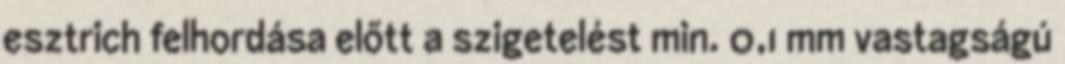
esztrich felhordása előtt a szigetelést min. 0,1 mm vastagságú